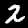
Label: 2